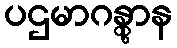
ပဌမာဂန္တွာန